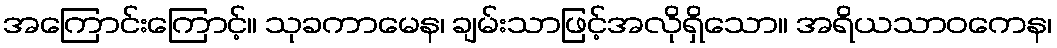
အကြောင်းကြောင့်။ သုခကာမေန၊ ချမ်းသာဖြင့်အလိုရှိသော။ အရိယသာဝကေန၊